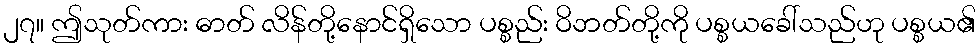
၂၇။ ဤသုတ်ကား ဓာတ် လိန်တို့နောင်ရှိသော ပစ္စည်း ဝိဘတ်တို့ကို ပစ္စယခေါ်သည်ဟု ပစ္စယ၏